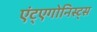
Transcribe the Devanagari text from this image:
एंट्एगोनिस्ट्स